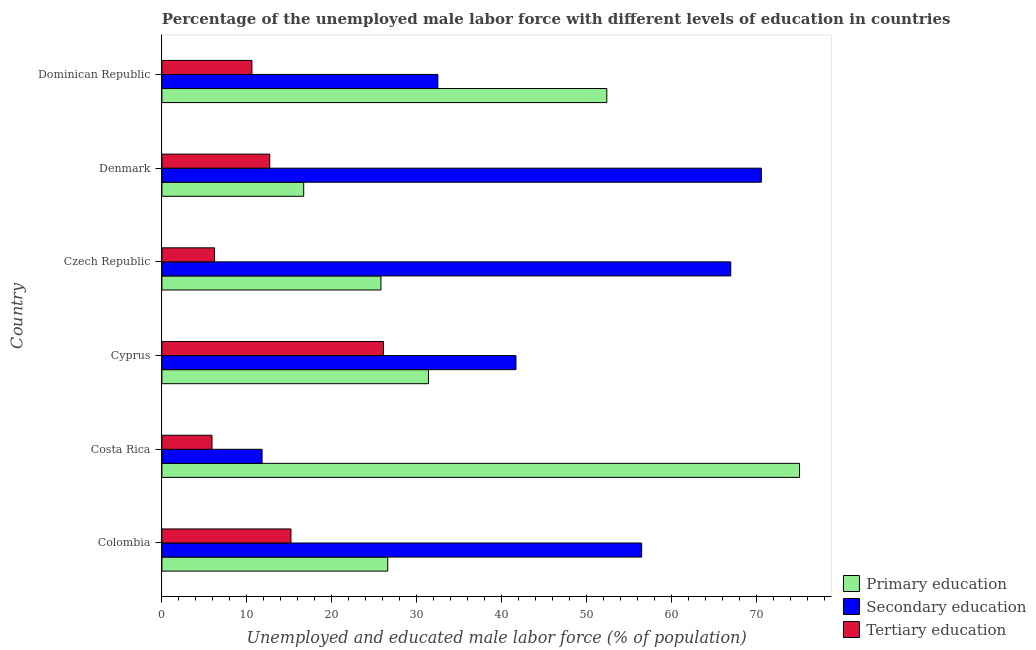
| Country | Primary education | Secondary education | Tertiary education |
 | --- | --- | --- | --- |
 | Colombia | 26.6 | 56.5 | 15.2 |
 | Costa Rica | 75.1 | 11.8 | 5.9 |
 | Cyprus | 31.4 | 41.7 | 26.1 |
 | Czech Republic | 25.8 | 67 | 6.2 |
 | Denmark | 16.7 | 70.6 | 12.7 |
 | Dominican Republic | 52.4 | 32.5 | 10.6 |